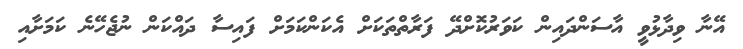
އޭނާ ވިދާޅުވީ އާސަންދައިން ކަވަރުކޮށްދޭ ފަރާތްތަކަށް އެކަންކަމަށް ފައިސާ ދައްކަން ނުޖެހޭނެ ކަމަށާއި